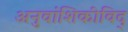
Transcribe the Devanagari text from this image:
अनुवांशिकीविद्